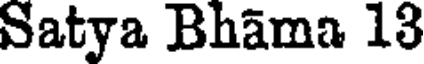
Satya Bhama 13